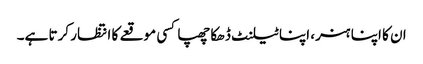
ان کا اپنا ہنر، اپنا ٹیلنٹ ڈھکا چھپا کسی موقعے کا انتظار کرتا ہے۔